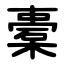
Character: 橐